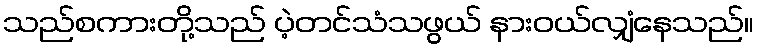
သည်စကားတို့သည် ပဲ့တင်သံသဖွယ် နားဝယ်လျှံနေသည်။